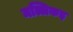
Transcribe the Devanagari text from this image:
मल्लिकइ